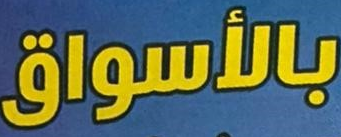
بالأسواق